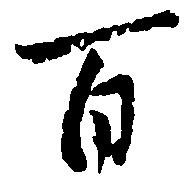
百